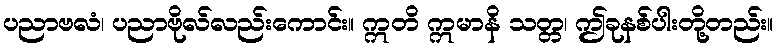
ပညာဗလံ၊ ပညာဗိုလ်လည်းကောင်း။ ဣတိ ဣမာနိ သတ္တ၊ ဤခုနစ်ပါးတို့တည်း။